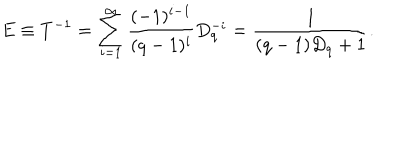
LaTeX: E \equiv T ^ { - 1 } = \sum _ { i = 1 } ^ { \infty } \frac { ( - 1 ) ^ { i - 1 } } { ( q - 1 ) ^ { i } } D _ { q } ^ { - i } = \frac 1 { ( q - 1 ) D _ { q } + 1 } .